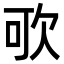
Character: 㰤